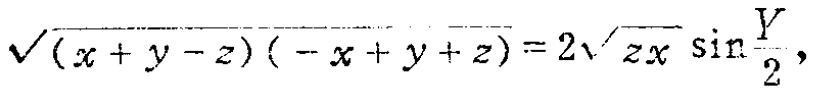
\(\sqrt{(x + y - z)(- x + y + z)} = 2\sqrt{zx}\sin\frac{Y}{2}\)